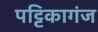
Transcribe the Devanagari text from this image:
पट्टिकागंज